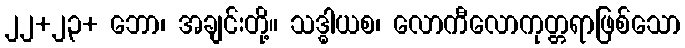
၂၂+၂၃+ ဘော၊ အချင်းတို့။ သဒ္ဓါယစ၊ လောကီလောကုတ္တရာဖြစ်သော